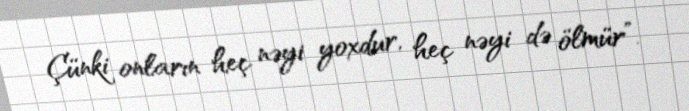
Çünki onların heç nəyi yoxdur, heç nəyi də ölmür”.